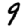
Digit: 9